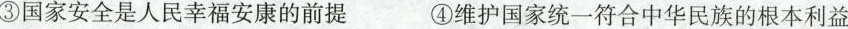
③国家安全是人民幸福安康的前提 ④维护国家统一符合中华民族的根本利益